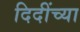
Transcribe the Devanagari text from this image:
दिदींच्या